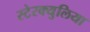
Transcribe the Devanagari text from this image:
स्टेरक्युलिया